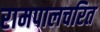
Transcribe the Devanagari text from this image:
रामपालचरित